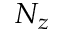
N _ { z }